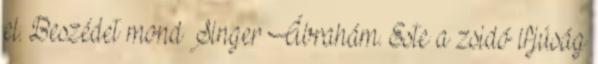
el. Beszédet mond Singer Ábrahám. Este a zsidó ifjúság